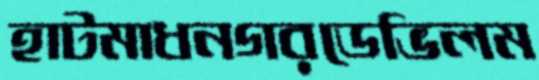
হাটমাধনগরডেভিলম